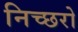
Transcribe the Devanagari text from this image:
निच्छरो